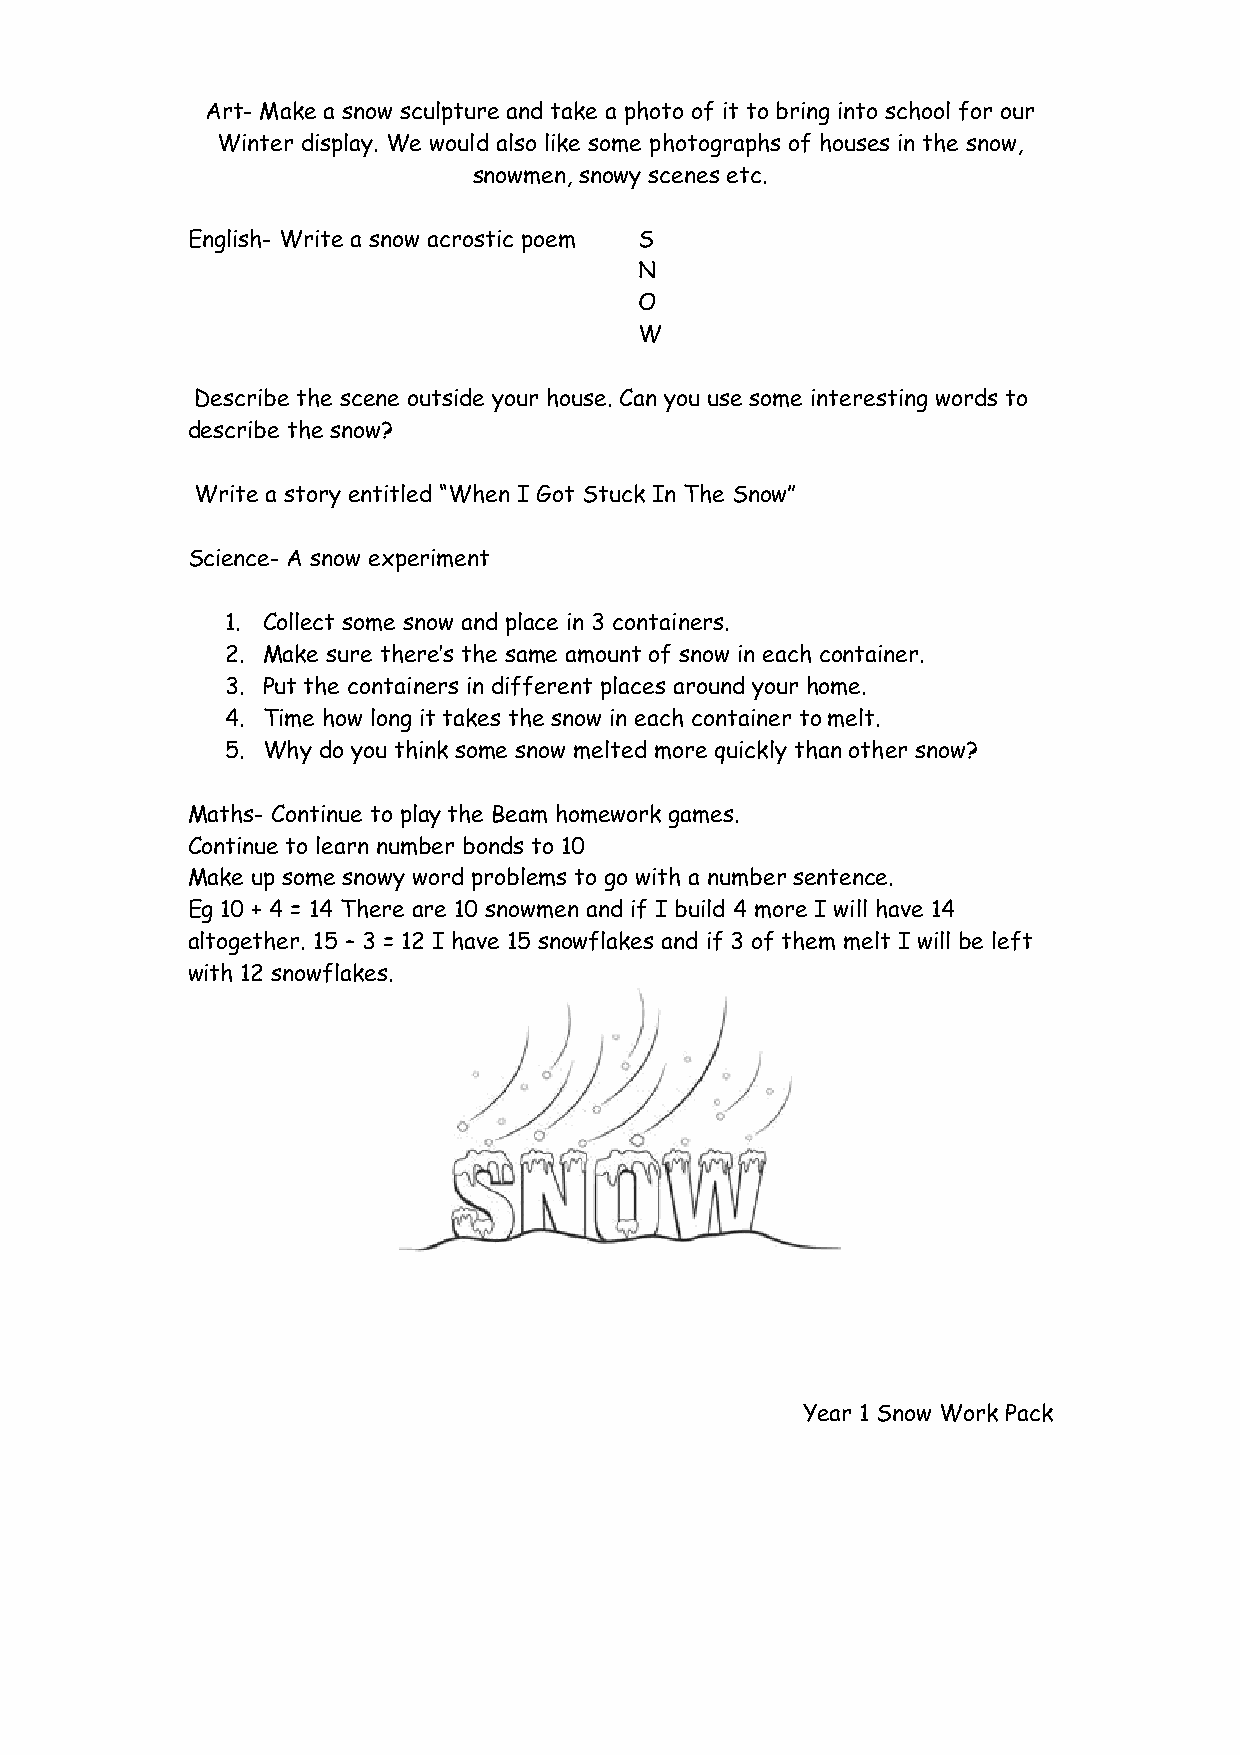
Art- Make a snow sculpture and take a photo of it to bring into school for our
 Winter display. We would also like some photographs of houses in the snow,
 snowmen, snowy scenes etc.
 English- Write a snow acrostic poem S
 N
 O
 W
 Describe the scene outside your house. Can you use some interesting words to
 describe the snow?
 Write a story entitled “When I Got Stuck In The Snow”
 Science- A snow experiment
 1. Collect some snow and place in 3 containers.
 2. Make sure there’s the same amount of snow in each container.
 3. Put the containers in different places around your home.
 4. Time how long it takes the snow in each container to melt.
 5. Why do you think some snow melted more quickly than other snow?
 Maths- Continue to play the Beam homework games.
 Continue to learn number bonds to 10
 Make up some snowy word problems to go with a number sentence.
 Eg 10 + 4 = 14 There are 10 snowmen and if I build 4 more I will have 14
 altogether. 15 – 3 = 12 I have 15 snowflakes and if 3 of them melt I will be left
 with 12 snowflakes.
 Year 1 Snow Work Pack